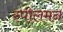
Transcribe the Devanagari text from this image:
स्पीलमन